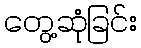
တွေ့ဆုံခြင်း